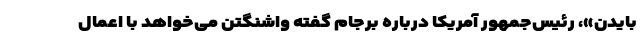
بایدن»، رئیس‌جمهور آمریکا درباره برجام گفته واشنگتن می‌خواهد با اعمال